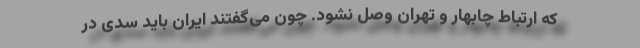
که ارتباط چابهار و تهران وصل نشود. چون می‌گفتند ایران باید سدی در